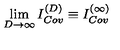
\lim _ { D \rightarrow \infty } I _ { C o v } ^ { ( D ) } \equiv { } I _ { C o v } ^ { ( \infty ) }